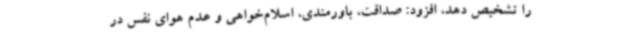
را تشخیص دهد، افزود: صداقت، باورمندی، اسلام‌خواهی و عدم هوای نفس در